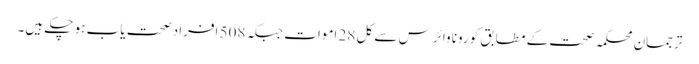
ترجمان محکمہ صحت کے مطابق کورونا وائرس سے کل 28 اموات جبکہ 508 افراد صحت یاب ہو چکے ہیں۔